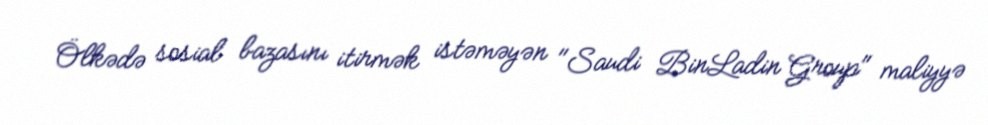
Ölkədə sosial bazasını itirmək istəməyən "Saudi BinLadin Group" maliyyə